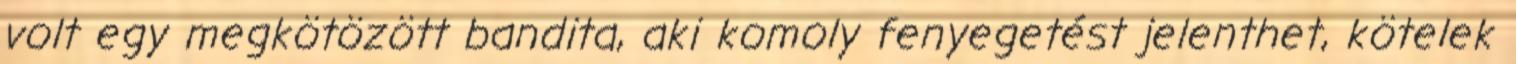
volt egy megkötözött bandita, aki komoly fenyegetést jelenthet, kötelek